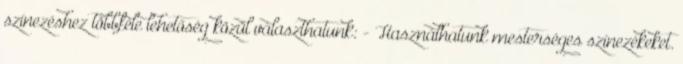
színezéshez többféle lehetőség közül választhatunk: - Használhatunk mesterséges színezékeket.